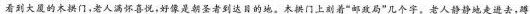
看到大厦的木拱门，老人满怀喜悦，好像是朝圣者到达目的地。木拱门上刻着”邮政局”几个字。老人静静地走进去，蹲